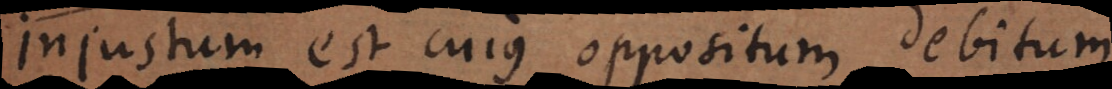
Injustum est cujus oppositum debitum